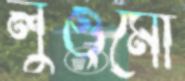
লুওমো